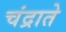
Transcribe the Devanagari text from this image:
चंद्राते